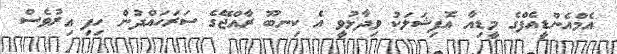
އެމްއެންޑީއެފްގެ މީޑިއާ އޮފިޝަލަކު ވިދާޅުވީ އެ ކިނބޫ ރާއްޖޭގެ ސަރަހައްދުން ހިފި އިރުވެސް